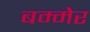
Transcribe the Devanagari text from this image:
बम्मेर